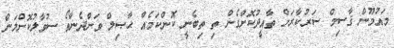
މައުމޫން ޤާސިމް ސަރުކާރަށް ތާއީދުކޮށްގެން ތި ތިބެނީ ކޮންކަމެއް ޙާޞިލް ވަންދެންތޯ ސުވާލުކޮށްލަން